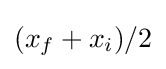
(x_{f}+x_{i})/2